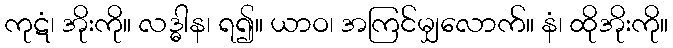
ကုဋံ၊ အိုးကို။ လဒ္ဓါန၊ ရ၍။ ယာဝ၊ အကြင်မျှလောက်။ နံ၊ ထိုအိုးကို။